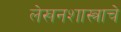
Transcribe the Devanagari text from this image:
लेखनशास्त्राचे